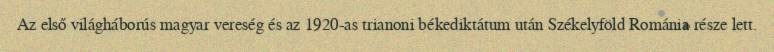
Az első világháborús magyar vereség és az 1920-as trianoni békediktátum után Székelyföld Románia része lett.